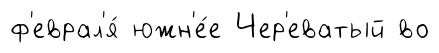
ф'еврал'я́ южн'е́е Чер'еватый во